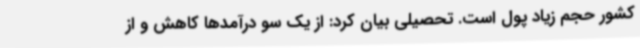
کشور حجم زیاد پول است. تحصیلی بیان کرد: از یک سو درآمدها کاهش و از